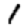
Digit: 1